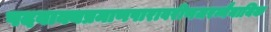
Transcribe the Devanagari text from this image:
पदवाक्यप्रमाणपारावरीणजरन्नैयायिक